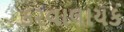
કરવાલાયક